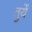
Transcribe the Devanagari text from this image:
तुयें